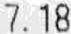
7.18